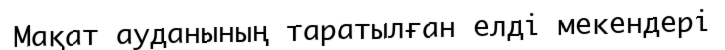
Мақат ауданының таратылған елді мекендері